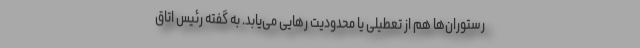
رستوران‌ها هم از تعطیلی یا محدودیت رهایی می‌یابد. به گفته رئیس اتاق